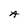
Character: A